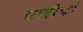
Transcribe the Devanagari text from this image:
पारीयां